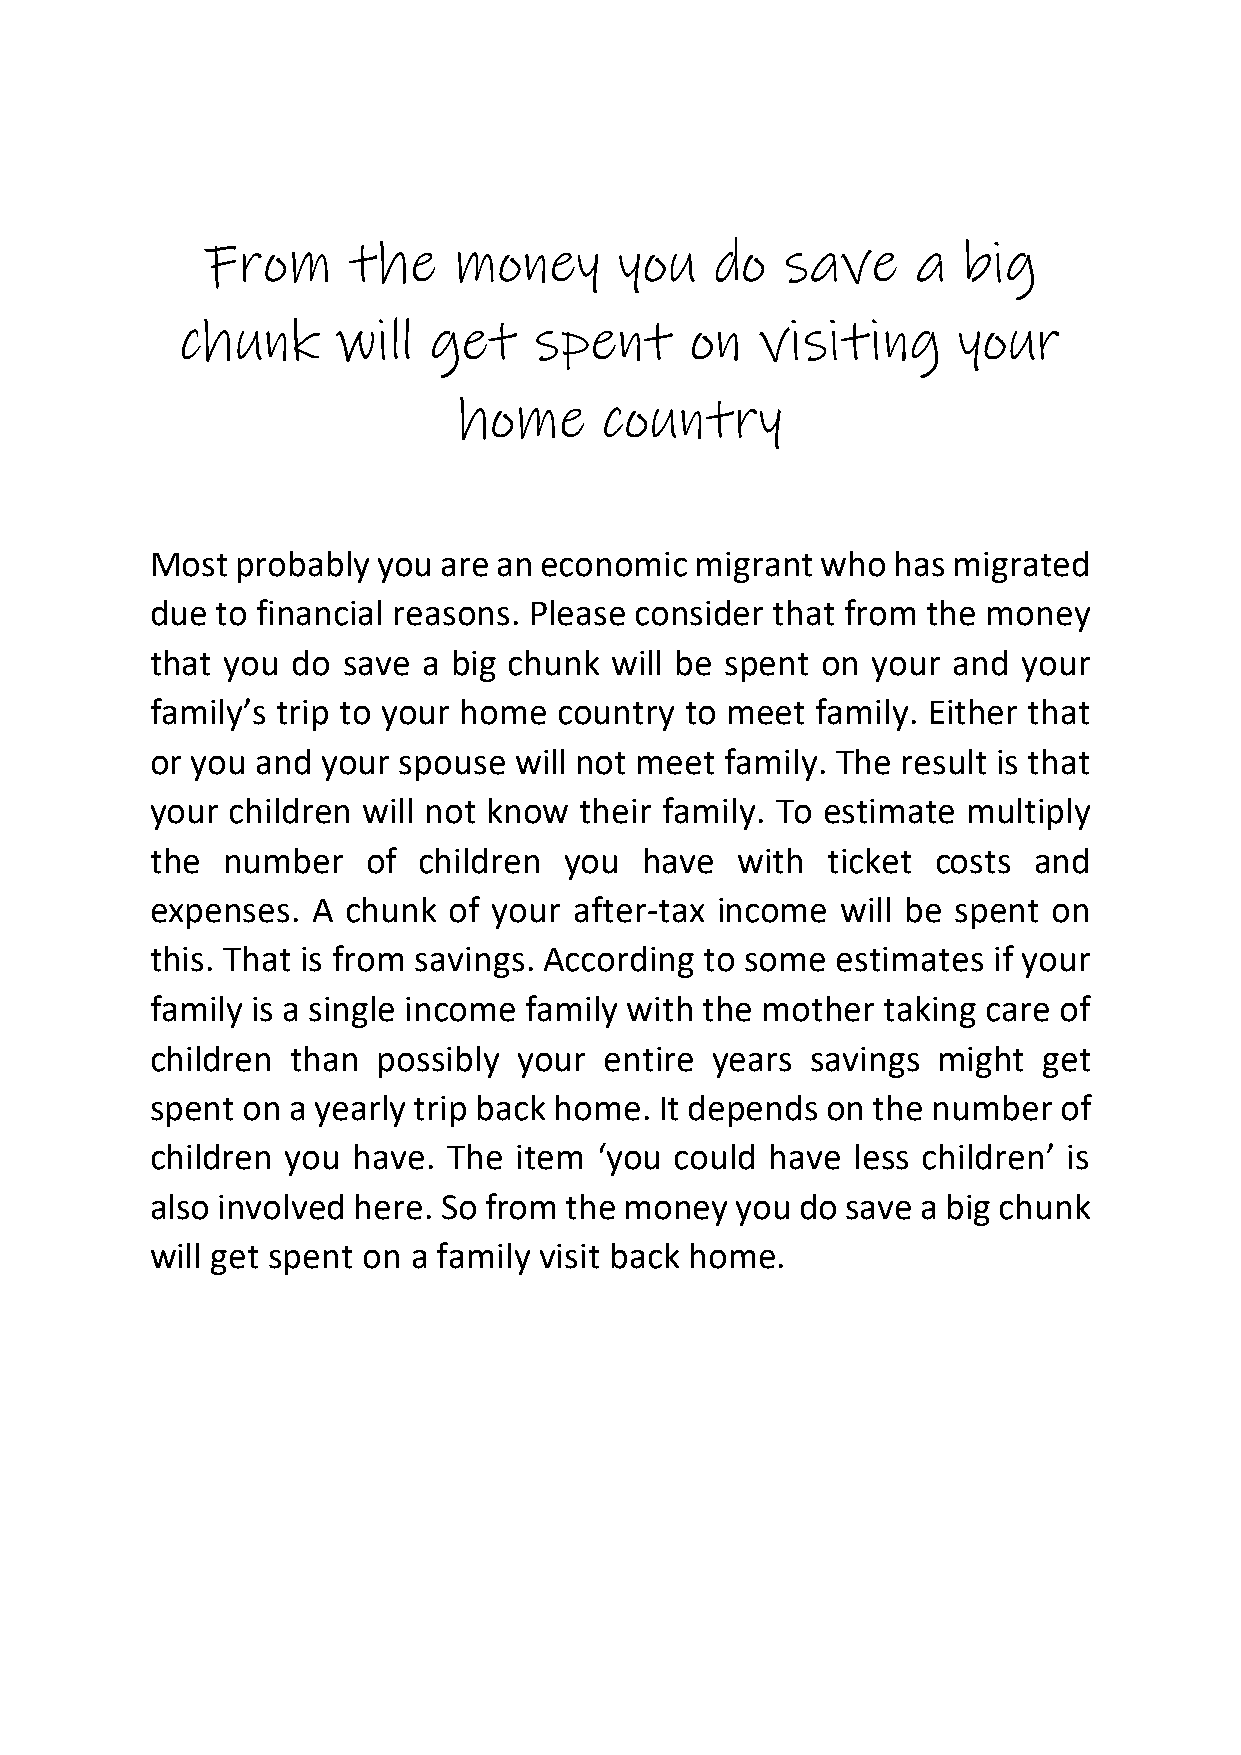
From     the    money      you   do   save     a  big
 chunk     will  get    spent      on  visiting     your
 home      country
 Most  probably you are an economic  migrant who  has migrated
 due to financial reasons. Please consider that from the money
 that you do  save a big chunk will be spent on  your and  your
 family’s trip to your home country to meet  family. Either that
 or you and your spouse  will not meet family. The result is that
 your children will not know their family. To estimate multiply
 the  number   of  children you   have  with  ticket costs and
 expenses.  A chunk  of your after-tax income  will be spent on
 this. That is from savings. According to some estimates if your
 family is a single income family with the mother taking care of
 children than  possibly your  entire years  savings might  get
 spent on a yearly trip back home. It depends on the number  of
 children you have.  The item  ‘you could have  less children’ is
 also involved here. So from the money  you do save a big chunk
 will get spent on a family visit back home.